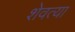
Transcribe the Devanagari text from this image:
शेवत्या